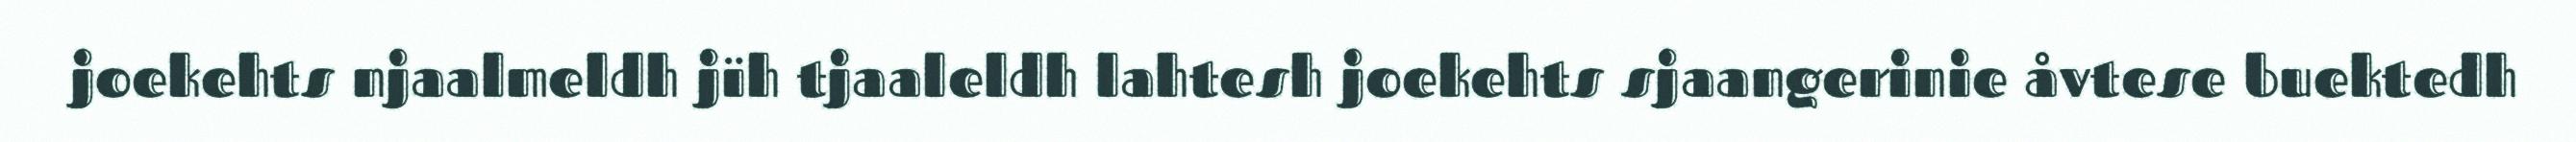
joekehts njaalmeldh jïh tjaaleldh lahtesh joekehts sjaangerinie åvtese buektedh